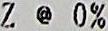
Z @ 0%